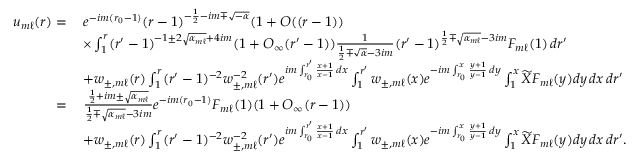
\begin{array} { r l } { u _ { m \ell } ( r ) = } & { \: e ^ { - i m ( r _ { 0 } - 1 ) } ( r - 1 ) ^ { - \frac { 1 } { 2 } - i m \mp \sqrt { - \alpha } } ( 1 + O ( ( r - 1 ) ) } \\ & { \: \times \int _ { 1 } ^ { r } ( r ^ { \prime } - 1 ) ^ { - 1 \pm 2 \sqrt { \alpha _ { m \ell } } + 4 i m } ( 1 + O _ { \infty } ( r ^ { \prime } - 1 ) ) \frac { 1 } { \frac { 1 } { 2 } \mp \sqrt { \alpha } - 3 i m } ( r ^ { \prime } - 1 ) ^ { \frac { 1 } { 2 } \mp \sqrt { \alpha _ { m \ell } } - 3 i m } F _ { m \ell } ( 1 ) \, d r ^ { \prime } } \\ & { \: + w _ { \pm , m \ell } ( r ) \int _ { 1 } ^ { r } ( r ^ { \prime } - 1 ) ^ { - 2 } w _ { \pm , m \ell } ^ { - 2 } ( r ^ { \prime } ) e ^ { i m \int _ { r _ { 0 } } ^ { r ^ { \prime } } \frac { x + 1 } { x - 1 } \, d x } \int _ { 1 } ^ { r ^ { \prime } } w _ { \pm , m \ell } ( x ) e ^ { - i m \int _ { r _ { 0 } } ^ { x } \frac { y + 1 } { y - 1 } \, d y } \int _ { 1 } ^ { x } \widetilde { X } F _ { m \ell } ( y ) d y \, d x \, d r ^ { \prime } } \\ { = } & { \: \frac { \frac { 1 } { 2 } + i m \pm \sqrt { \alpha _ { m \ell } } } { \frac { 1 } { 2 } \mp \sqrt { \alpha _ { m \ell } } - 3 i m } e ^ { - i m ( r _ { 0 } - 1 ) } F _ { m \ell } ( 1 ) ( 1 + O _ { \infty } ( r - 1 ) ) } \\ & { \: + w _ { \pm , m \ell } ( r ) \int _ { 1 } ^ { r } ( r ^ { \prime } - 1 ) ^ { - 2 } w _ { \pm , m \ell } ^ { - 2 } ( r ^ { \prime } ) e ^ { i m \int _ { r _ { 0 } } ^ { r ^ { \prime } } \frac { x + 1 } { x - 1 } \, d x } \int _ { 1 } ^ { r ^ { \prime } } w _ { \pm , m \ell } ( x ) e ^ { - i m \int _ { r _ { 0 } } ^ { x } \frac { y + 1 } { y - 1 } \, d y } \int _ { 1 } ^ { x } \widetilde { X } F _ { m \ell } ( y ) d y \, d x \, d r ^ { \prime } . } \end{array}